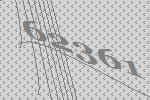
62361